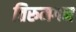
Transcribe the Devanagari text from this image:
तिरुमगन